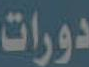
دورات